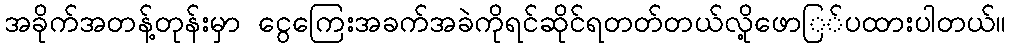
အခိုက်အတန့်တုန်းမှာ ငွေကြေးအခက်အခဲကိုရင်ဆိုင်ရတတ်တယ်လို့ဖောြ်ပထားပါတယ်။